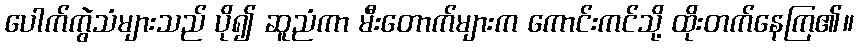
ပေါက်ကွဲသံများသည် ပို၍ ဆူညံကာ မီးတောက်များက ကောင်းကင်သို့ ထိုးတက်နေကြ၏။